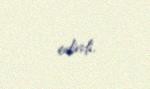
edirdi.